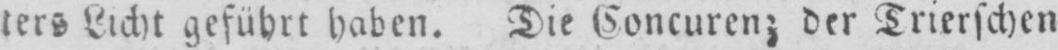
ters Licht geführt haben. Die Concurenz der Trierschen